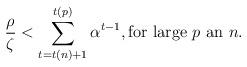
LaTeX: \begin{align*}\frac{\rho}{\zeta}<\sum_{t=t(n)+1}^{t(p)}{\alpha^{t-1}},\mbox{for large $p$ an $n$}.\end{align*}